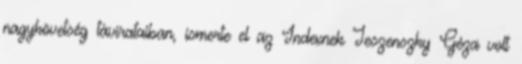
nagykövetség távirataiban, ismerte el az Indexnek Jeszenszky Géza volt